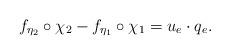
LaTeX: \begin{align*}f_{\eta_2}\circ{\chi_2}-f_{\eta_1}\circ{\chi_1}=u_e\cdot q_e.\end{align*}